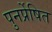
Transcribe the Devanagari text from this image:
पुनर्प्रेषित